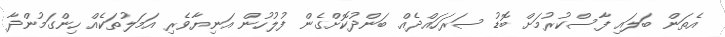
އެތަން ބަލައި ފާސްކުރުމަށް ބޮޑު ސަރަހައްދެއް ބަންދުކޮށްގެން ފުލުހުން އަނިޔާވެރި އަމަލުތަކެއް ހިންގަމުންދާ